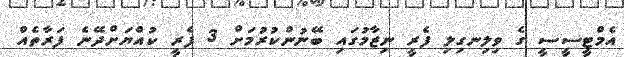
އެމްޓީސީސީ ގެ ވިލިނގިލި ފެރީ ނިޒާމުގައި ބޭނުންކުރުމަށް 3 ފެރީ ކުއްޔަށްދޭނެ ފަރާތެއް